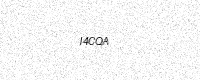
Text: I4CQA